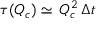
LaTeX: \tau ( Q _ { c } ) \simeq \, Q _ { c } ^ { 2 } \, \Delta t